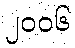
၂၀၀၆